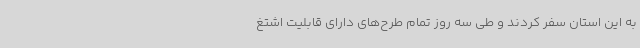
به این استان سفر کردند و طی سه روز تمام طرح‌های دارای قابلیت اشتغ